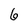
Character: 6